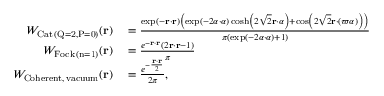
\begin{array} { r l } { W _ { \mathrm { C a t \, ( Q = 2 , P = 0 ) } } ( \mathbf { r } ) } & { { } = \frac { \exp ( - \mathbf { r } \cdot \mathbf { r } ) \left( \exp ( - 2 \alpha \cdot \alpha ) \cosh \left( 2 \sqrt { 2 } \mathbf { r } \cdot \alpha \right) + \cos \left( 2 \sqrt { 2 } \mathbf { r } \cdot ( \varpi \alpha ) \right) \right) } { \pi ( \exp ( - 2 \alpha \cdot \alpha ) + 1 ) } } \\ { W _ { \mathrm { F o c k \, ( n = 1 ) } } ( \mathbf { r } ) } & { { } = \frac { e ^ { - \mathbf { r } \cdot \mathbf { r } } \left( 2 \mathbf { r } \cdot \mathbf { r } - 1 \right) } { \pi } } \\ { W _ { \mathrm { C o h e r e n t , \, v a c u u m } } ( \mathbf { r } ) } & { { } = \frac { e ^ { - \frac { \mathbf { r } \cdot \mathbf { r } } { 2 } } } { 2 \pi } , } \end{array}